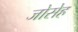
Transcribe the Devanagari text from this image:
जोसेह